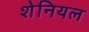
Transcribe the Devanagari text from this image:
शेनियल